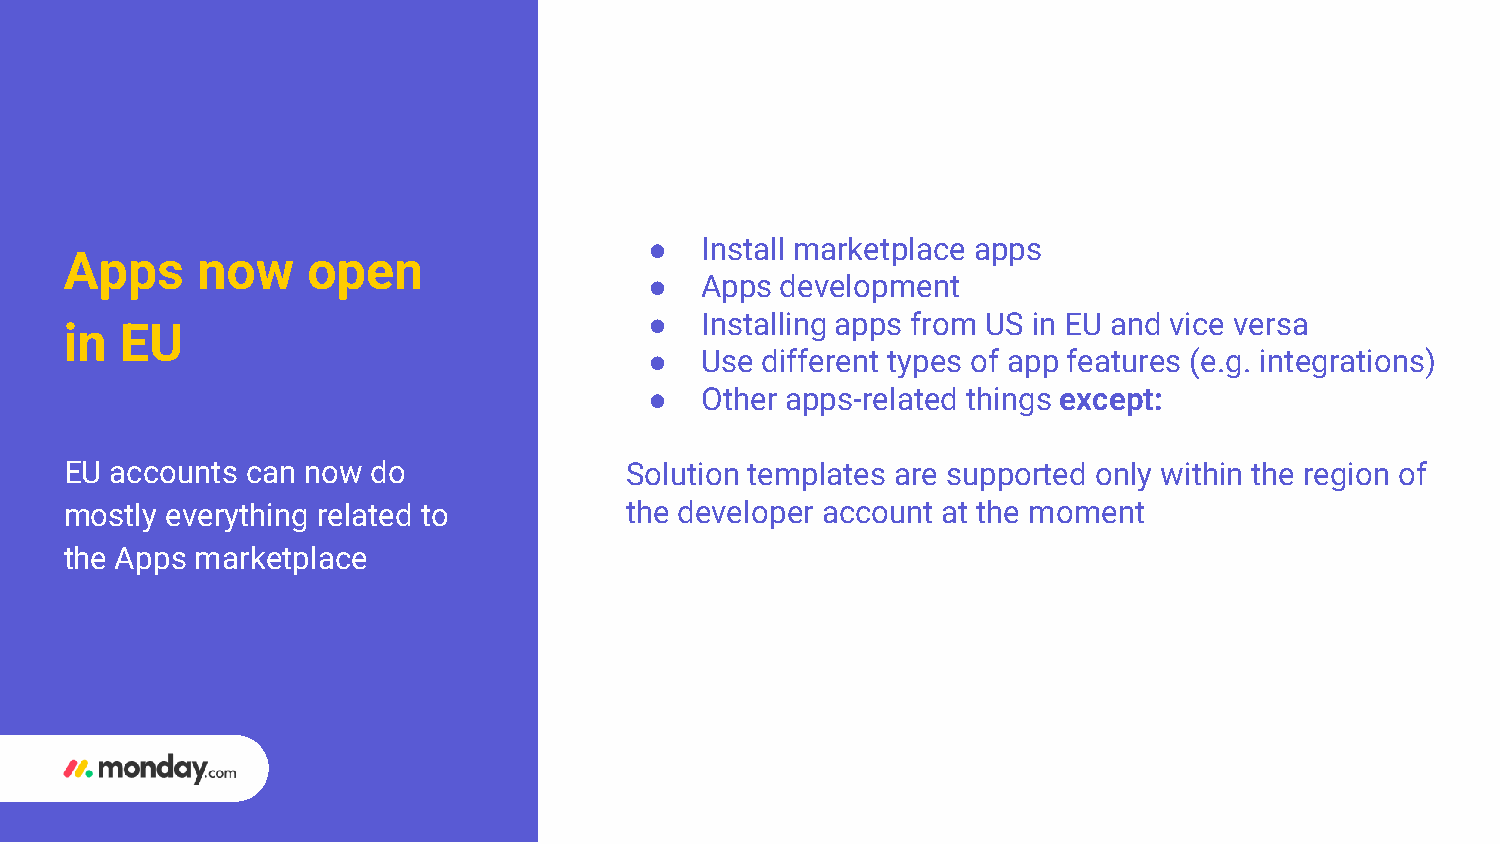
●  Install marketplace apps
 Apps     now    open
 ●  Apps  development
 ●  Installing apps from US in EU and vice versa
 in  EU
 ●  Use different types of app features (e.g. integrations)
 ●  Other apps-related things except:
 EU accounts can now  do              Solution templates are supported only within the region of
 mostly everything related to         the developer account at the moment
 the Apps marketplace